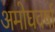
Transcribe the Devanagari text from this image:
अमोघवर्षा